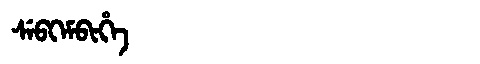
Manchu: ᠰᡝᠪᡴᡝᠮᠪᡳᡥᡝ
Romanization: SEBKEMBIHE